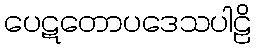
ပေဋတောပဒေသပါဠိ